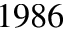
1 9 8 6